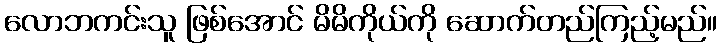
လောဘကင်းသူ ဖြစ်အောင် မိမိကိုယ်ကို ဆောက်တည်ကြည့်မည်။